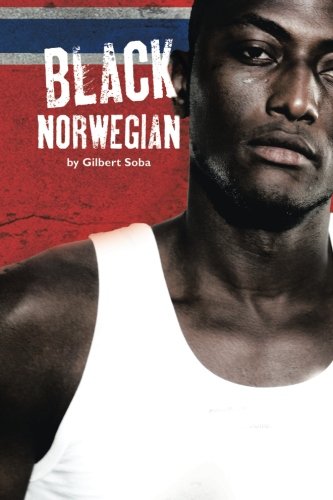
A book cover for Black Norwegian; Gilbert Soba; Biographies & Memoirs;